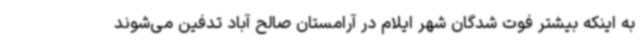
به اینکه بیشتر فوت شدگان شهر ایلام در آرامستان صالح آباد تدفین می‌شوند